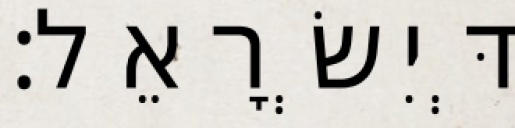
דְּיִשְׂרָאֵל׃